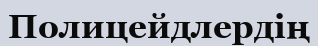
Полицейдлердің